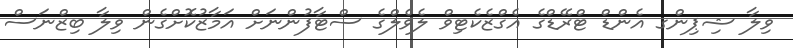
ވިލާ ޝިޕިންގ އެންޑް ޓްރޭޑްގެ އެގްޒެކެޓިވް ލެވެލްގެ ސްޓާފުންނަށް އަމާޒުކޮށްގެން ވިލާ ބިޒްނަސް